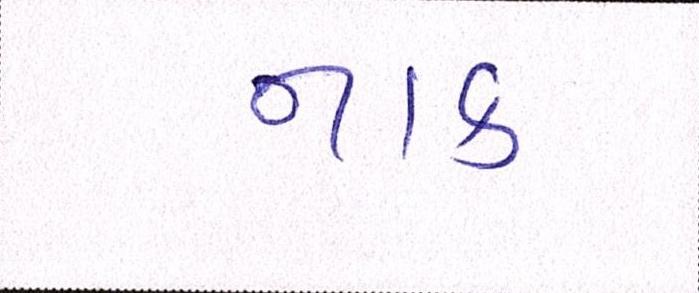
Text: નાક